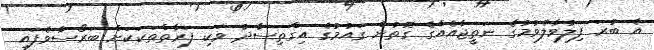
އެ ބުރަ ފިލުވާލެވުމުގެ ނަތީޖާއެއްގެ ގޮތުން ގައުމުގެ އިގްތިސާދު ވަކި ފަރާތްތަކަކަށް ބަރޯސާވެފައި